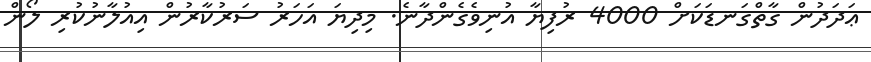
ޢަދަދުން ގާތްގަނޑަކަށް 4000 ރުފިޔާ އުނިވެގެންދާނެ. މިދިޔަ އަހަރު ސަރުކާރުން އިއުލާނުކުރި ލޯން